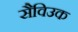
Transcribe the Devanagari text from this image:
सैविउक